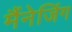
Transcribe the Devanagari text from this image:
मैंनेजिंग